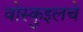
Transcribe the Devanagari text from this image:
वोस्कुइलचे